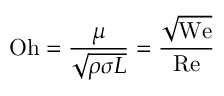
\mathrm { O h } = { \frac { \mu } { \sqrt { \rho \sigma L } } } = { \frac { \sqrt { \mathrm { W e } } } { \mathrm { R e } } }